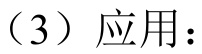
（3）应用：